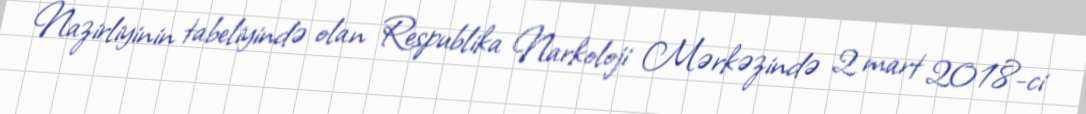
Nazirliyinin tabeliyində olan Respublika Narkoloji Mərkəzində 2 mart 2018-ci